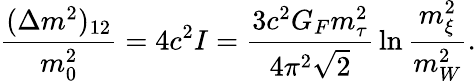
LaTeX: {\frac{(\Delta m^{2})_{12}}{m_{0}^{2}}}=4c^{2}I={\frac{3c^{2}G_{F}m_{\tau}^{2}}{4\pi^{2}\sqrt 2}}\ln{\frac{m_{\xi}^{2}}{m_{W}^{2}}}.